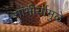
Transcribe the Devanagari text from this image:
गांभीर्यामुळे